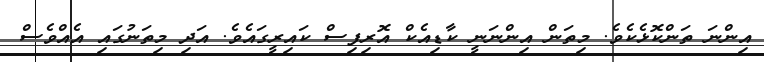
އިންނަ ތަންކޮޅެކެވެ. މިތަން އިންނަނީ ކާޑިއެކް އޮރިފިސް ކައިރީގައެވެ. އަދި މިތަނުގައި އެއްވެސް